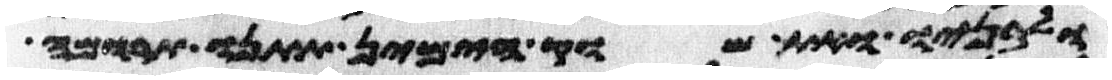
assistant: ולבניו ואת שוק הימין תתנו תרומה